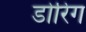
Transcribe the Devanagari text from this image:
डोरिंग